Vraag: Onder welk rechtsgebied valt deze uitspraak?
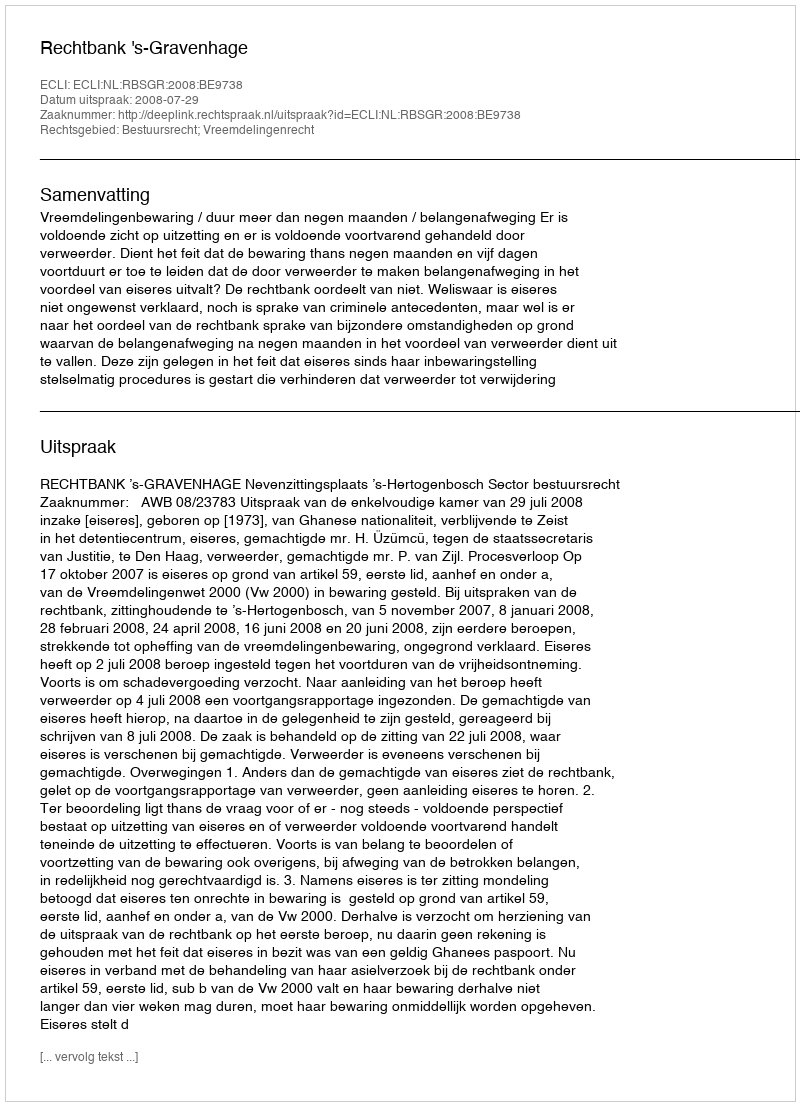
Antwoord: Bestuursrecht; Vreemdelingenrecht